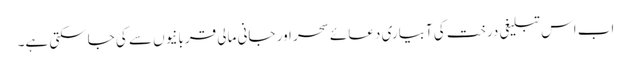
اب اس تبلیغی درخت کی آبیاری دعائے سحر اور جانی مالی قربانیوں سے کی جاسکتی ہے۔